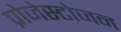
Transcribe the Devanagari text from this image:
प्रोजेस्टोजन